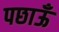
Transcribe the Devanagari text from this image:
पछाऊँ